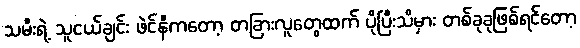
သမီးရဲ့ သူငယ်ချင်း ဖဲင်နီကတော့ တခြားလူတွေထက် ပိုပြီးသိမှား တစ်ခုခုဖြစ်ရင်တော့